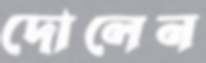
দোলেন